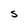
Character: S